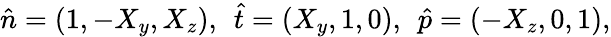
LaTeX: \hat{n}=(1,-X_{y},X_{z}),\: \: \hat{t}=(X_{y},1,0),\: \: \hat{p}=(-X_{z},0,1),